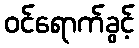
ဝင်ရောက်ခွင့်